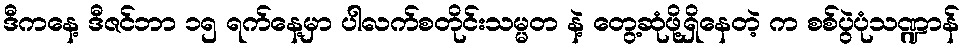
ဒီကနေ့ ဒီဇင်ဘာ ၁၅ ရက်နေ့မှာ ပါလက်စတိုင်းသမ္မတ နဲ့ တွေ့ဆုံဖို့ရှိနေတဲ့ က စစ်ပွဲပုံသဏ္ဍာန်